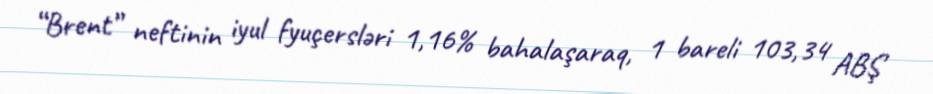
“Brent” neftinin iyul fyuçersləri 1,16% bahalaşaraq, 1 bareli 103,34 ABŞ